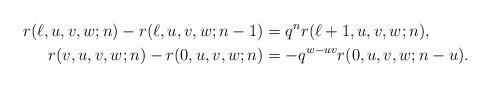
LaTeX: \begin{align*}r(\ell, u, v, w; n) -r(\ell, u, v, w; n-1) &= q^n r(\ell+1, u, v, w; n), \\r(v, u, v, w; n)-r(0, u, v, w; n)&=-q^{w-uv} r(0, u, v, w; n-u).\end{align*}